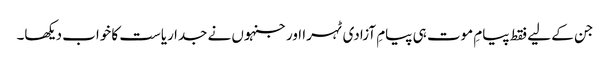
جن کے لیے فقط پیامِ موت ہی پیامِ آزادی ٹہرا اورجنہوں نے جدا ریاست کا خواب دیکھا۔